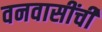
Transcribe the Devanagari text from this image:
वनवासींची